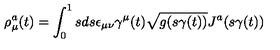
\rho _ { \mu } ^ { a } ( t ) = \int _ { 0 } ^ { 1 } s d s \epsilon _ { \mu \nu } \gamma ^ { \mu } ( t ) \sqrt { g ( s \gamma ( t ) ) } J ^ { a } ( s \gamma ( t ) )